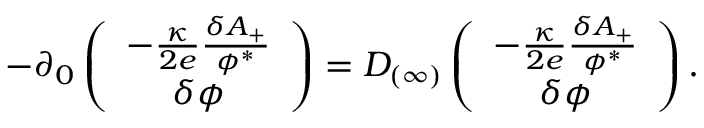
- \partial _ { 0 } \left( \begin{array} { c } { { - { \frac { \kappa } { 2 e } } { \frac { \delta A _ { + } } { \phi ^ { * } } } } } \\ { { \delta \phi } } \end{array} \right) = D _ { ( \infty ) } \left( \begin{array} { c } { { - { \frac { \kappa } { 2 e } } { \frac { \delta A _ { + } } { \phi ^ { * } } } } } \\ { { \delta \phi } } \end{array} \right) .